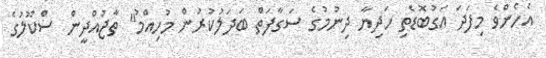
އެހެންވެ މިފަދަ އަގުބޮޑެތި ހަދިޔާ ދިނުމުގެ ސަގާފަތް ބަދަލުކުރުން މުހިއްމު" ތާޖުއްދީން ސްކޫލުގެ